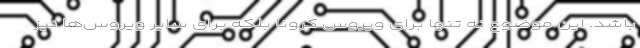
باشد. این موضوع نه تنها برای ویروس کرونا بلکه برای سایر ویروس‌ها نیز